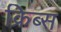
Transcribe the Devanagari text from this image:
क्रिब्स